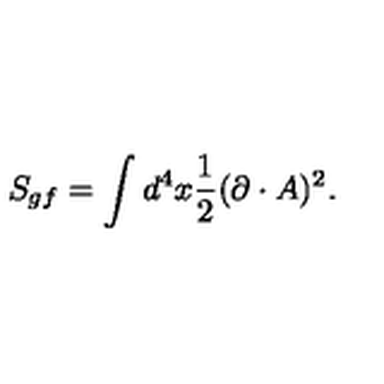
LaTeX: S _ { g f } = \int d ^ { 4 } x \frac { 1 } { 2 } ( \partial \cdot A ) ^ { 2 } .